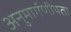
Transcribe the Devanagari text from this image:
अनुमार्गणीयता